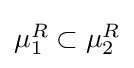
{\textstyle \mu _{1}^{R}\subset \mu _{2}^{R}}